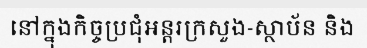
នៅក្នុងកិច្ចប្រជុំអន្តរក្រសួង-ស្ថាប័ន និង